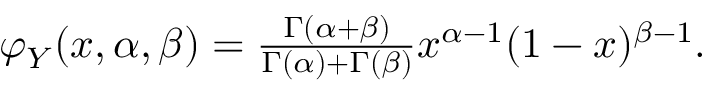
\begin{array} { r } { \varphi _ { Y } ( x , \alpha , \beta ) = \frac { \Gamma ( \alpha + \beta ) } { \Gamma ( \alpha ) + \Gamma ( \beta ) } x ^ { \alpha - 1 } ( 1 - x ) ^ { \beta - 1 } . } \end{array}